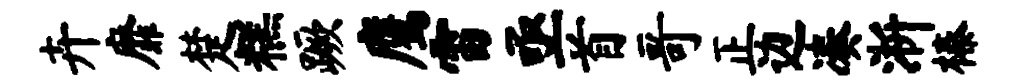
卉靡楚糕蹶鹰雷亟首哥正边凑淅榛